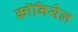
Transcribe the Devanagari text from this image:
कॉनियेल